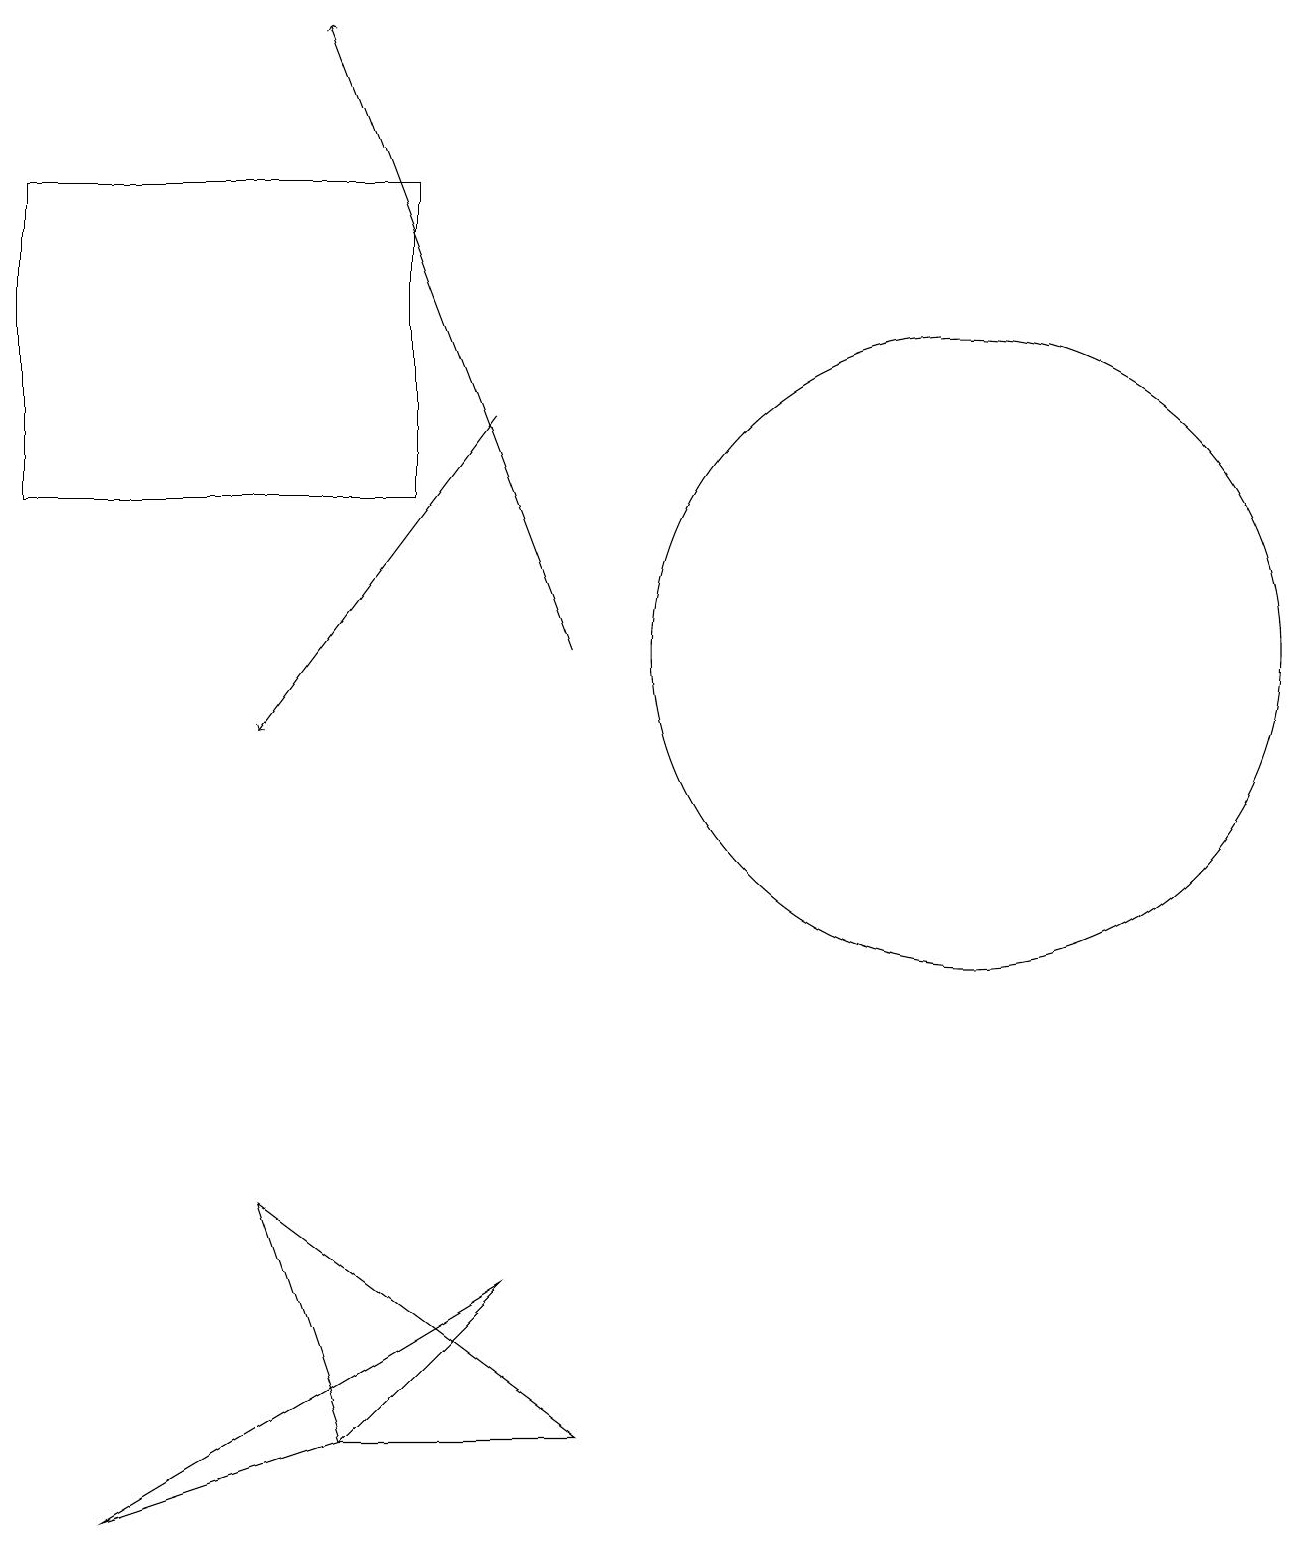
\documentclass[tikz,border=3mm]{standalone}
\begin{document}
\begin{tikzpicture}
\draw (12,11) circle (4);
\draw[->] (7,11) -- (4,19);
\draw (6,3) -- (4,1) -- (1,0) -- cycle;
\draw[->] (6,14) -- (3,10);
\draw (3,4) -- (4,1) -- (7,1) -- cycle;
\draw (5,17) rectangle (0,13);
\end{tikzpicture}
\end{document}